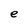
Character: e